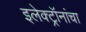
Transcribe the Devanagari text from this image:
इलेक्ट्रॉनांचा